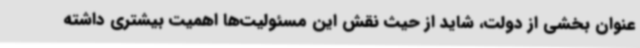
عنوان بخشی از دولت، شاید از حیث نقش این مسئولیت‌ها اهمیت بیشتری داشته